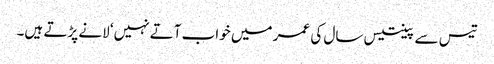
تیس سے پینتیس سال کی عمر میں خواب آتے نہیں‘ لانے پڑتے ہیں۔